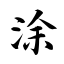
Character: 涂